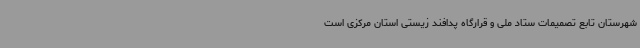
شهرستان تابع تصمیمات ستاد ملی و قرارگاه پدافند زیستی استان مرکزی است